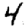
Digit: 4